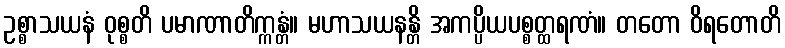
ဥစ္စာသယနံ ဝုစ္စတိ ပမာဏာတိက္ကန္တံ။ မဟာသယနန္တိ အကပ္ပိယပစ္စတ္ထရဏံ။ တတော ဝိရတောတိ